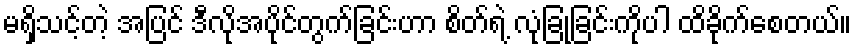
မရှိသင့်တဲ့ အပြင် ဒီလိုအပိုင်တွက်ခြင်းဟာ စိတ်ရဲ့ လုံခြုံခြင်းကိုပါ ထိခိုက်စေတယ်။